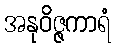
အနုဝိဇ္ဇကာရံ